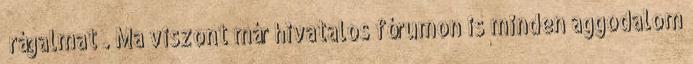
„rágalmat”. Ma viszont már hivatalos fórumon is minden aggodalom